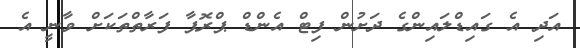
އަދި އެ ގައިޑްލައިންގެ ދަށުން ފިޓް އެންޑް ޕްރޮޕާ ފަރާތްތަކަށް ވާނީ އެ